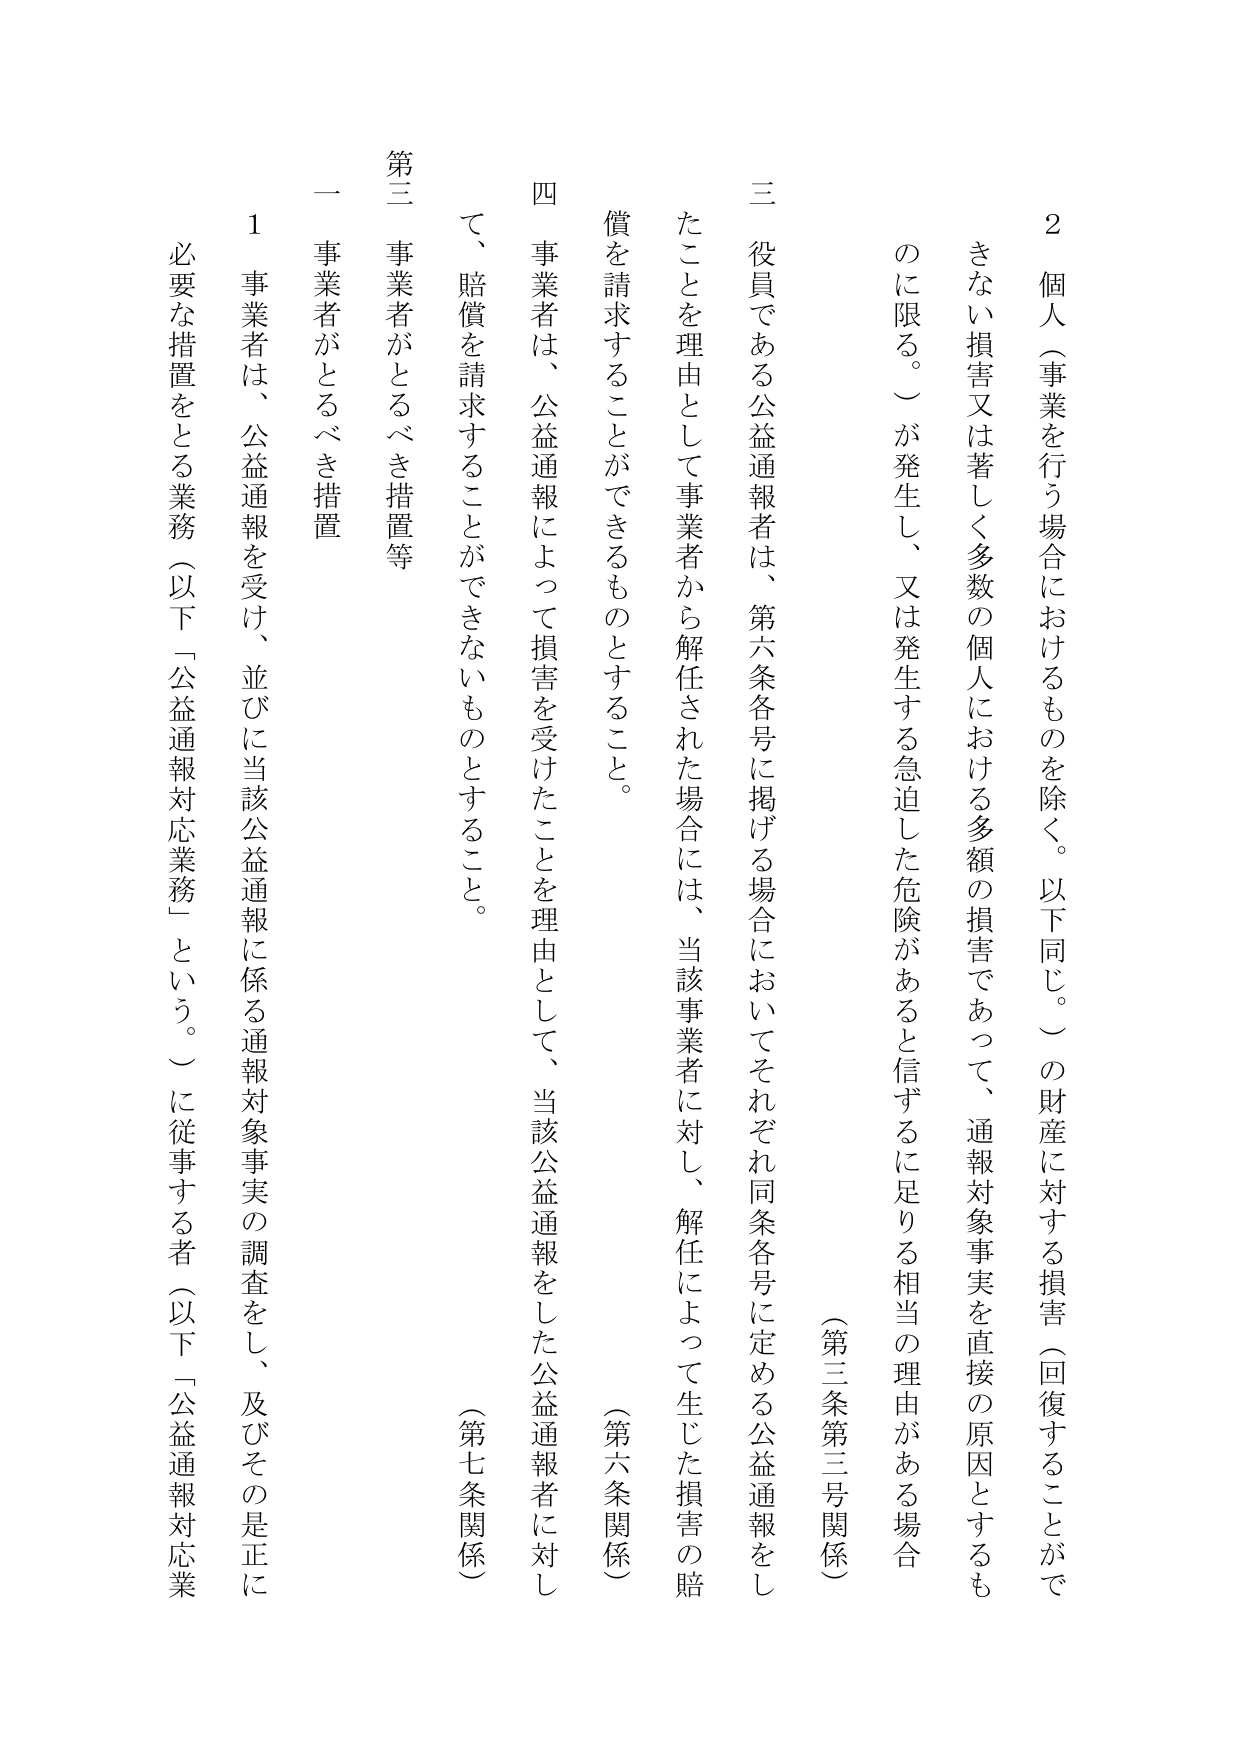
2 個人（事業を行う場合におけるものを除く。以下同じ。）の財産に対する損害（回復することができない損害又は著しく多数の個人における多額の損害であって、通報対象事実を直接の原因とするものに限る。）が発生し、又は発生する急迫した危険があると信ずるに足りる相当の理由がある場合

（第三条第三号関係）

三 役員である公益通報者は、第六条各号に掲げる場合においてそれぞれ同条各号に定める公益通報をしたことを理由として事業者から解任された場合には、当該事業者に対し、解任によって生じた損害の賠償を請求することができるものとすること。

（第六条関係）

四 事業者は、公益通報によって損害を受けたことを理由として、当該公益通報をした公益通報者に対して、賠償を請求することができないものとすること。

（第七条関係）

第三 事業者がとるべき措置等

一 事業者がとるべき措置

1 事業者は、公益通報を受け、並びに当該公益通報に係る通報対象事実の調査をし、及びその是正に必要な措置をとる業務（以下「公益通報対応業務」という。）に従事する者（以下「公益通報対応業」